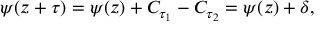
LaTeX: \psi ( z + \tau ) = \psi ( z ) + C _ { \tau _ { 1 } } - C _ { \tau _ { 2 } } = \psi ( z ) + \delta ,